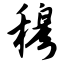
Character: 穆